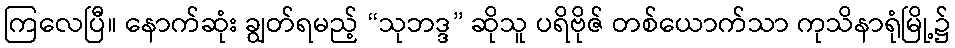
ကြလေပြီ။ နောက်ဆုံး ချွတ်ရမည့် “သုဘဒ္ဒ” ဆိုသူ ပရိဗိုဇ် တစ်ယောက်သာ ကုသိနာရုံမြို့၌